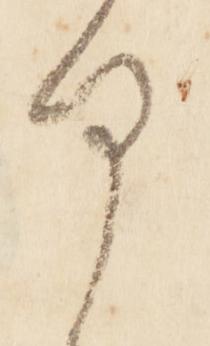
謹